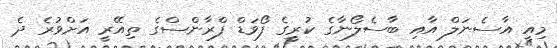
މިއީ އާސެނަލް އާއި ބާސެލޯނާގެ ކުރީގެ ފޯވަޑް ފްރާންސްގެ ތިއޭރީ އަށްވުރެ ދެ